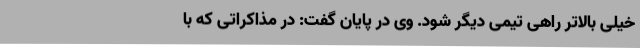
خیلی بالاتر راهی تیمی دیگر شود. وی در پایان گفت: در مذاکراتی که با